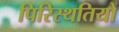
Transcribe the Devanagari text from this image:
पिरिस्थतियों